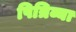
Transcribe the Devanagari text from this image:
पित्रिव्या